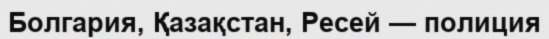
Болгария, Қазақстан, Ресей — полиция